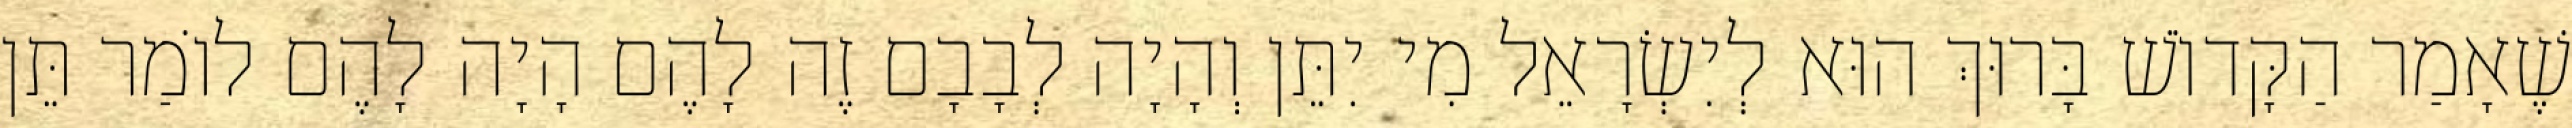
שֶׁאָמַר הַקָּדוֹשׁ בָּרוּךְ הוּא לְיִשְׂרָאֵל מִי יִתֵּן וְהָיָה לְבָבָם זֶה לָהֶם הָיָה לָהֶם לוֹמַר תֵּן